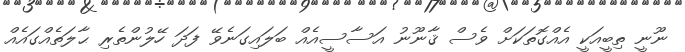
ނޫނީ ތިބީއަކީ އެއްގޮތަކަށް ވެސް ޤާނޫނު އަސާސީއެއް ބަލައިގަނެވޭ ފަދަ ހޭލުންތެރި ޙާލަތެއްގައެއް